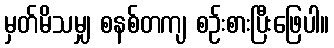
မှတ်မိသမျှ စနစ်တကျ စဉ်းစားပြီးဖြေပါ။